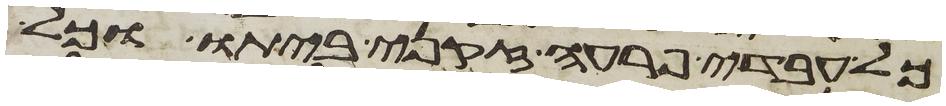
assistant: כל עבדי פרעה זקני ביתו וכל